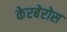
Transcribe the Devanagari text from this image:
केरबेरोस